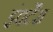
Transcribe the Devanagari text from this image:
इंवर्टेंस